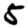
Digit: 5